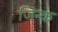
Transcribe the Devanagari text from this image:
जिन्क